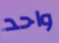
واحد